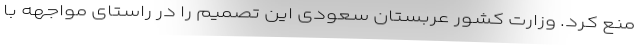
منع کرد. وزارت کشور عربستان سعودی این تصمیم را در راستای مواجهه با